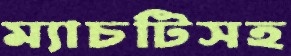
ম্যাচটিসহ